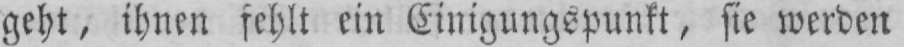
geht, ihnen fehlt ein Einigungspunkt, sie werden